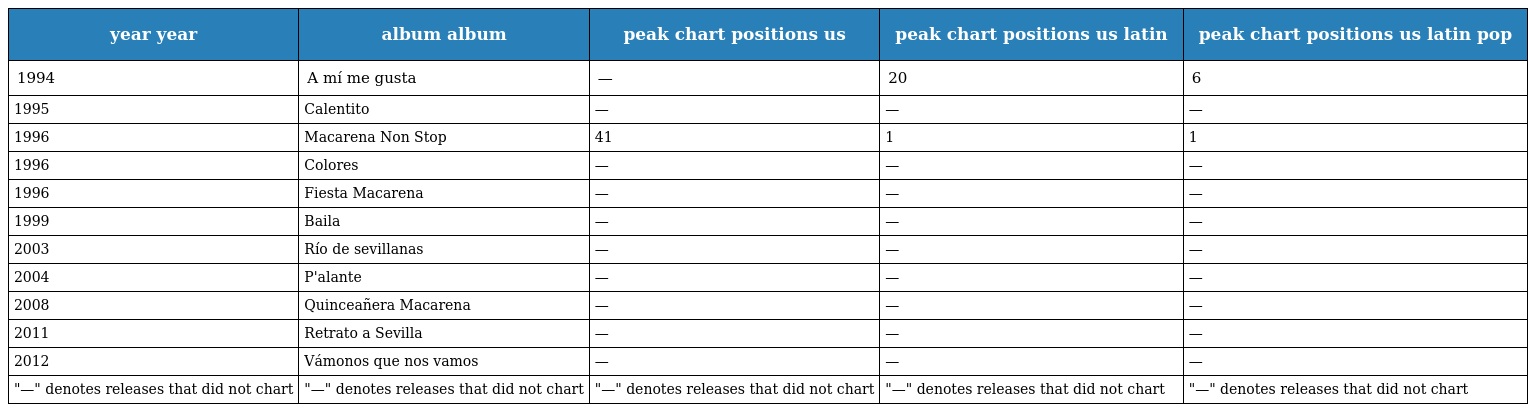
| year year | album album | peak chart positions us | peak chart positions us latin | peak chart positions us latin pop |
 | --- | --- | --- | --- | --- |
 | 1994 | A mí me gusta | — | 20 | 6 |
 | 1995 | Calentito | — | — | — |
 | 1996 | Macarena Non Stop | 41 | 1 | 1 |
 | 1996 | Colores | — | — | — |
 | 1996 | Fiesta Macarena | — | — | — |
 | 1999 | Baila | — | — | — |
 | 2003 | Río de sevillanas | — | — | — |
 | 2004 | P'alante | — | — | — |
 | 2008 | Quinceañera Macarena | — | — | — |
 | 2011 | Retrato a Sevilla | — | — | — |
 | 2012 | Vámonos que nos vamos | — | — | — |
 | "—" denotes releases that did not chart | "—" denotes releases that did not chart | "—" denotes releases that did not chart | "—" denotes releases that did not chart | "—" denotes releases that did not chart |